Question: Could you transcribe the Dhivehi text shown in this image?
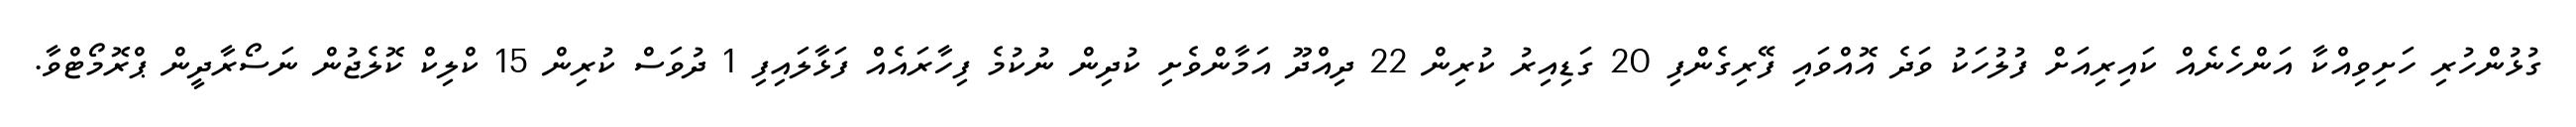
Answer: ގުޅުންހުރި ހަށިވިއްކާ އަންހެނެއް ކައިރިއަށް ފުލުހަކު ވަދެ އޮއްވައި ފޭރިގެންފި 20 ގަޑިއިރު ކުރިން 22 ދިއްދޫ އަމާންވެށި ކުދިން ނުކުމެ ފިހާރައެއް ފަޅާލައިފި 1 ދުވަސް ކުރިން 15 ކްލިކް ކޮލެޖުން ނަސޯރާދީން ޕްރޮމޯޓްވާ.